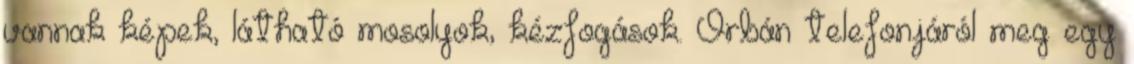
vannak képek, látható mosolyok, kézfogások. Orbán telefonjáról meg egy